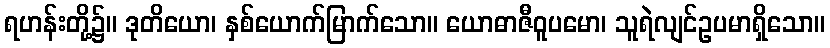
ရဟန်းတို့၌။ ဒုတိယော၊ နှစ်ယောက်မြာက်သော။ ယောဓာဇီဝူပမော၊ သူရဲလျင်ဥပမာရှိသော။